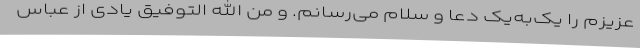
عزیزم را یک‌به‌یک دعا و سلام می‌رسانم. و من الله التوفیق یادی از عباس